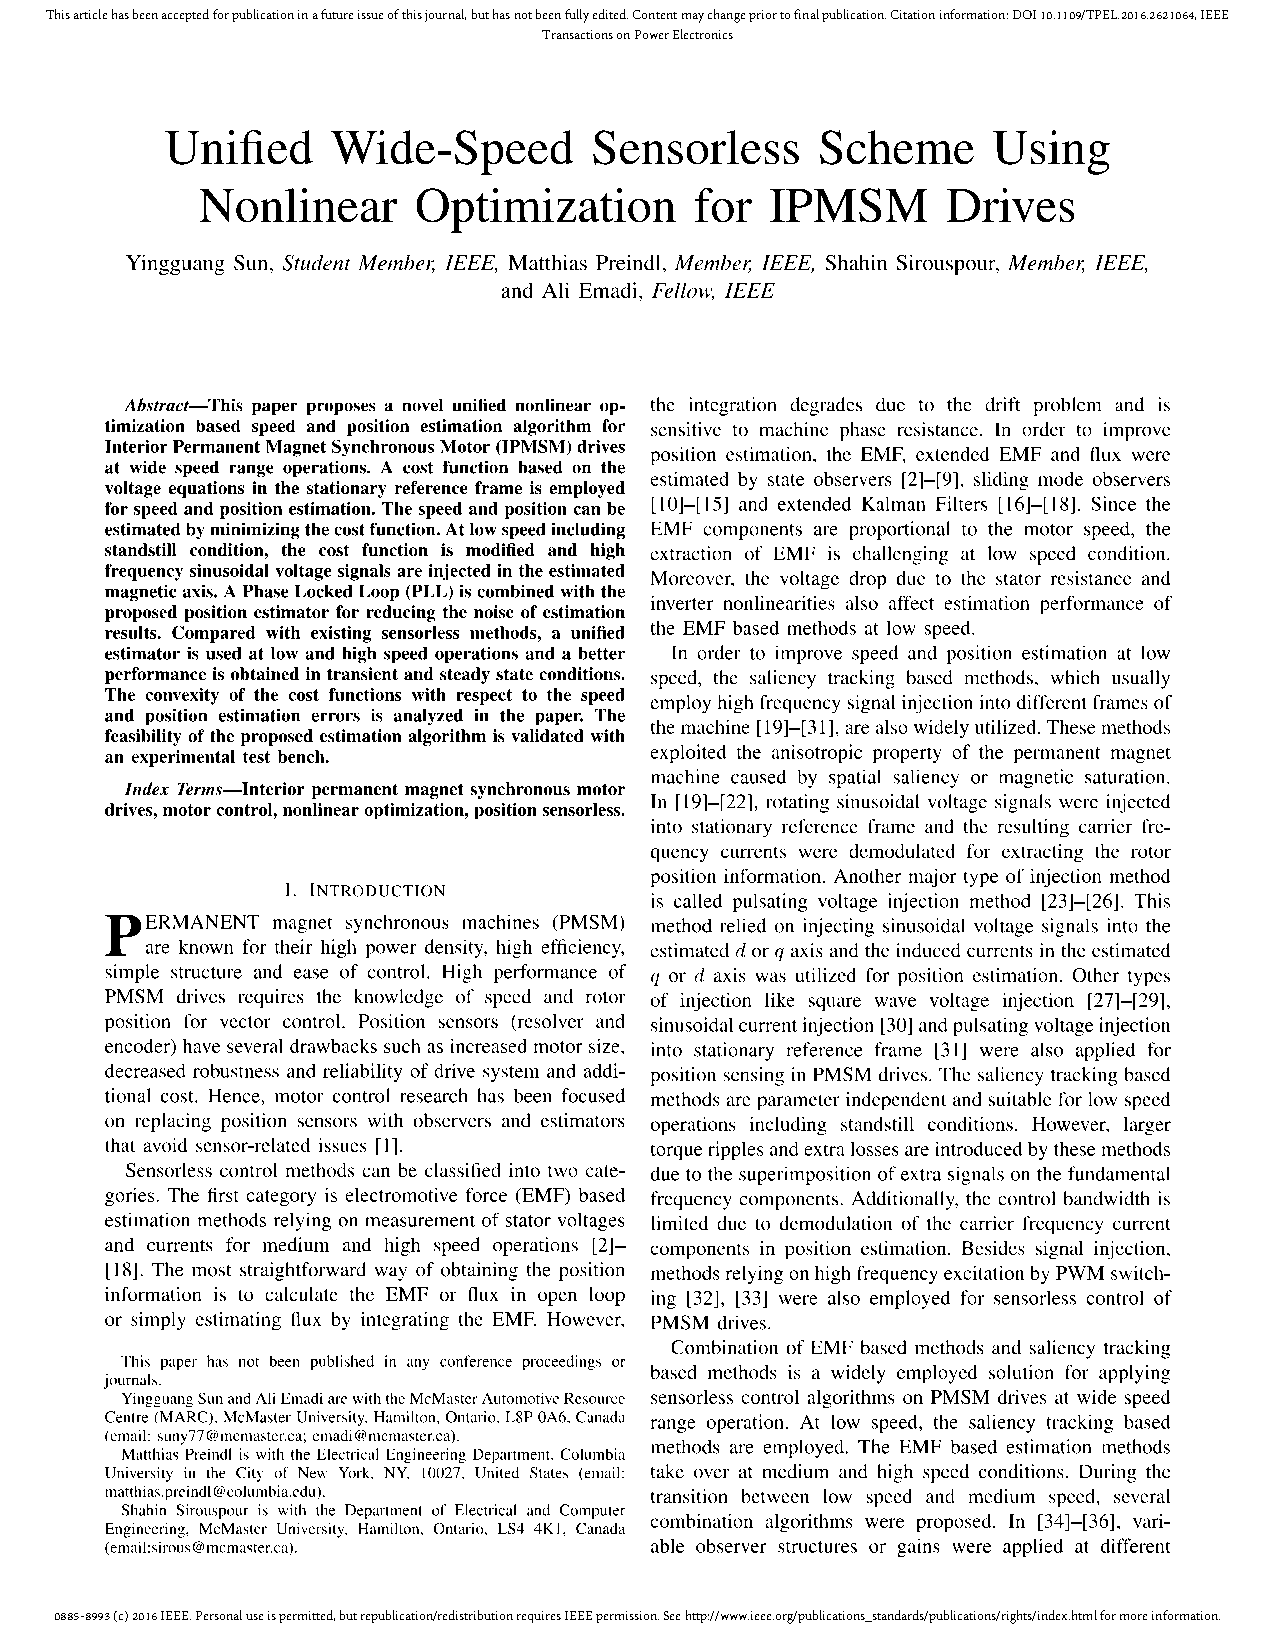
This article has been accepted for publication in a future issue of this journal, but has not been fully edited. Content may change prior to final publication. Citation information: DOI 10.1109/TPEL.2016.2621064, IEEE
 Transactions on Power Electronics
 0885-8993 (c) 2016 IEEE. Personal use is permitted, but republication/redistribution requires IEEE permission. See http://www.ieee.org/publications_standards/publications/rights/index.html for more information.